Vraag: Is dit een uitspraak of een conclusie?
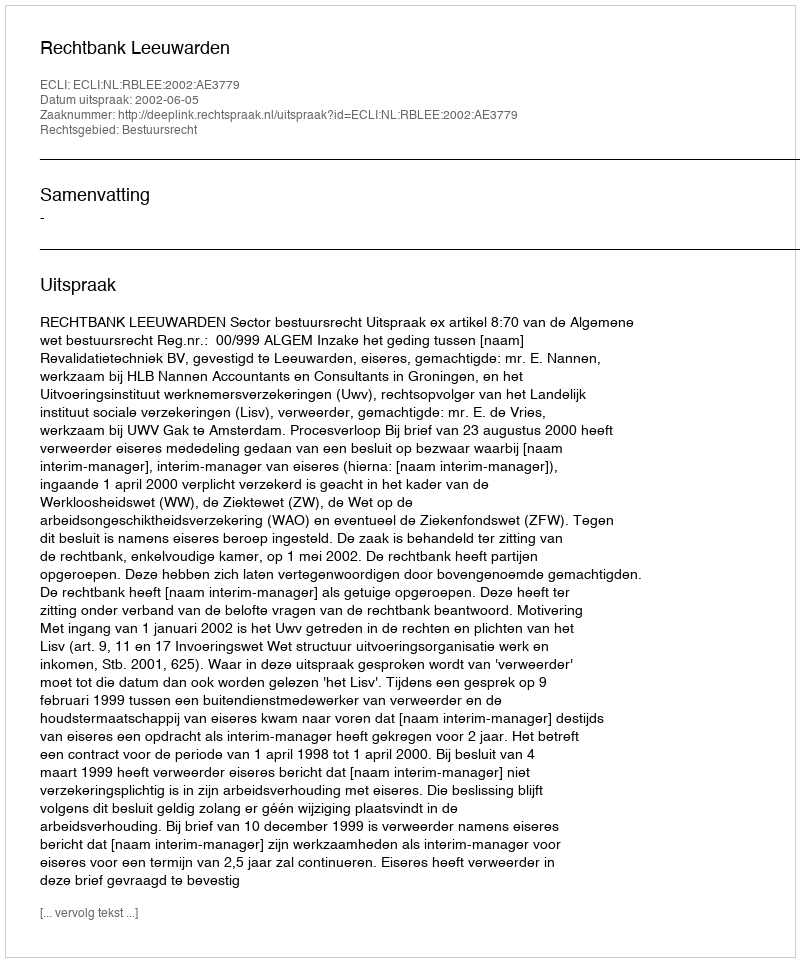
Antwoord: Uitspraak